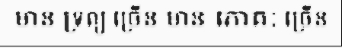
មាន ទ្រព្យ ច្រើន មាន ភោគៈ ច្រើន